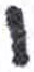
אות: ו